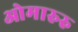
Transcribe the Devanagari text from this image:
ओमारुरु